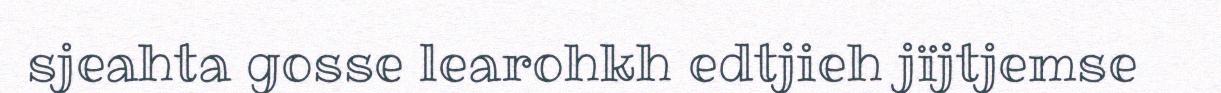
sjeahta gosse learohkh edtjieh jïjtjemse